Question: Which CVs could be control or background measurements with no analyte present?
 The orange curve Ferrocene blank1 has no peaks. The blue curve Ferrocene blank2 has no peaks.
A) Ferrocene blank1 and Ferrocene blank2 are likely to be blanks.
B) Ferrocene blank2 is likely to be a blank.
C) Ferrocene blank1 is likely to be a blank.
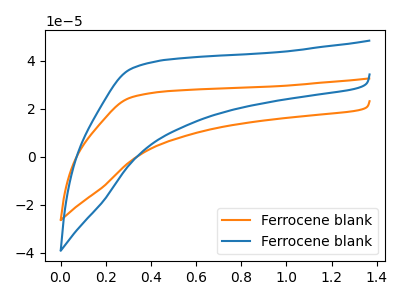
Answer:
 <answer>A) "Ferrocene blank1" and "Ferrocene blank2" are likely to be blanks.</answer>
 <eval>A</eval>